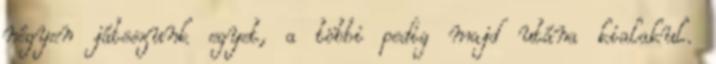
négyen játsszunk egyet, a többi pedig majd utána kialakul.